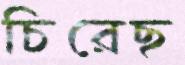
চিরেছ